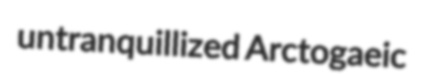
untranquillized Arctogaeic